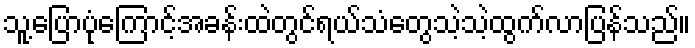
သူ့ပြောပုံကြောင့်အခန်းထဲတွင်ရယ်သံတွေသဲ့သဲ့ထွက်လာပြန်သည်။